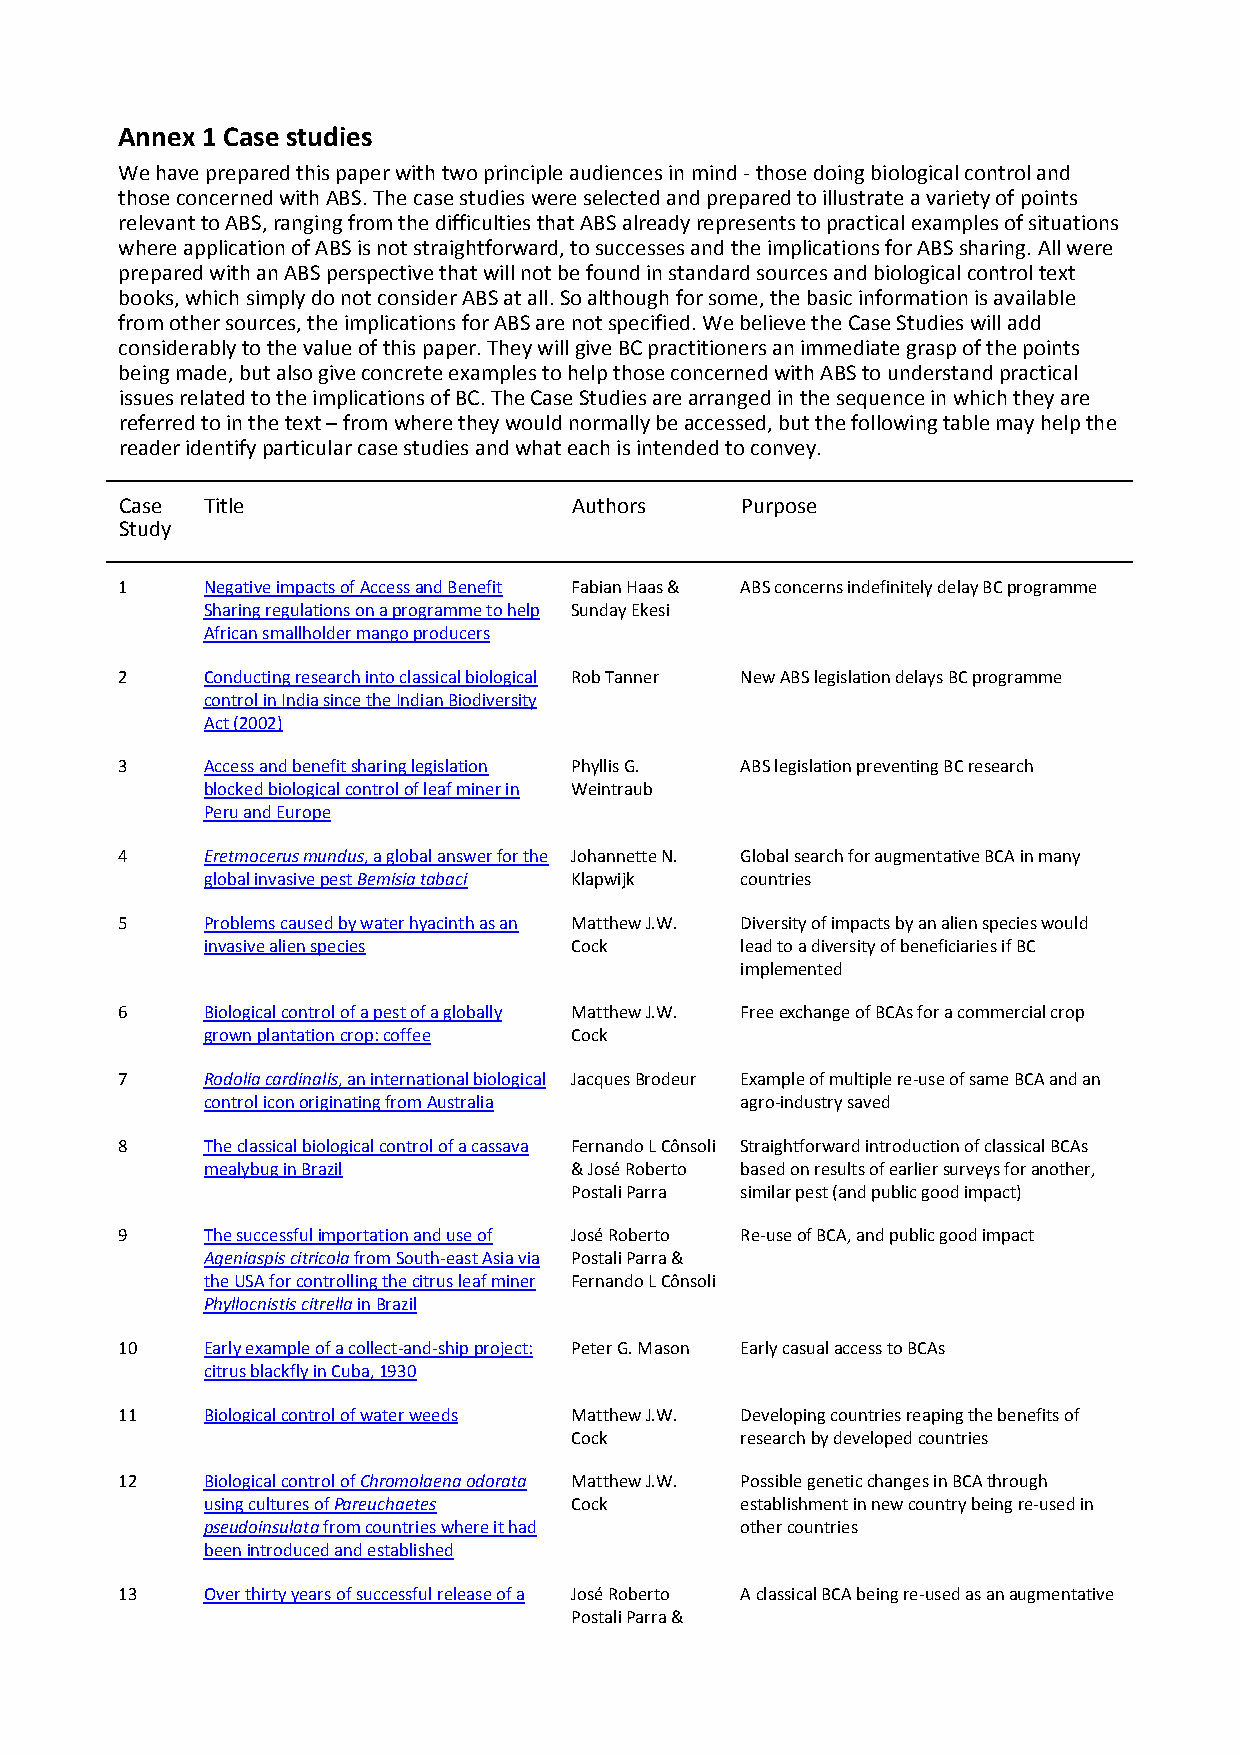
Annex 1 Case studies
 We have prepared this paper with two principle audiences in mind ‐ those doing biological control and
 those concerned with ABS. The case studies were selected and prepared to illustrate a variety of points
 relevant to ABS, ranging from the difficulties that ABS already represents to practical examples of situations
 where application of ABS is not straightforward, to successes and the implications for ABS sharing. All were
 prepared with an ABS perspective that will not be found in standard sources and biological control text
 books, which simply do not consider ABS at all. So although for some, the basic information is available
 from other sources, the implications for ABS are not specified. We believe the Case Studies will add
 considerably to the value of this paper. They will give BC practitioners an immediate grasp of the points
 being made, but also give concrete examples to help those concerned with ABS to understand practical
 issues related to the implications of BC. The Case Studies are arranged in the sequence in which they are
 referred to in the text – from where they would normally be accessed, but the following table may help the
 reader identify particular case studies and what each is intended to convey.
 Case  Title                   Authors    Purpose
 Study
 1    Negative impacts of Access and Benefit Fabian Haas & ABS concerns indefinitely delay BC programme
 Sharing regulations on a programme to help Sunday Ekesi
 African smallholder mango producers
 2    Conducting research into classical biological Rob Tanner New ABS legislation delays BC programme
 control in India since the Indian Biodiversity
 Act (2002)
 3    Access and benefit sharing legislation Phyllis G. ABS legislation preventing BC research
 blocked biological control of leaf miner in Weintraub
 Peru and Europe
 4    Eretmocerus mundus, a global answer for the Johannette N. Global search for augmentative BCA in many
 global invasive pest Bemisia tabaci Klapwijk countries
 5    Problems caused by water hyacinth as an Matthew J.W. Diversity of impacts by an alien species would
 invasive alien species   Cock       lead to a diversity of beneficiaries if BC
 implemented
 6    Biological control of a pest of a globally Matthew J.W. Free exchange of BCAs for a commercial crop
 grown plantation crop: coffee Cock
 7    Rodolia cardinalis, an international biological Jacques Brodeur Example of multiple re‐use of same BCA and an
 control icon originating from Australia agro‐industry saved
 8    The classical biological control of a cassava Fernando L Cônsoli Straightforward introduction of classical BCAs
 mealybug in Brazil       & José Roberto based on results of earlier surveys for another,
 Postali Parra similar pest (and public good impact)
 9    The successful importation and use of José Roberto Re‐use of BCA, and public good impact
 Ageniaspis citricola from South‐east Asia via Postali Parra &
 the USA for controlling the citrus leaf miner Fernando L Cônsoli
 Phyllocnistis citrella in Brazil
 10   Early example of a collect‐and‐ship project: Peter G. Mason Early casual access to BCAs
 citrus blackfly in Cuba, 1930
 11   Biological control of water weeds Matthew J.W. Developing countries reaping the benefits of
 Cock       research by developed countries
 12   Biological control of Chromolaena odorata Matthew J.W. Possible genetic changes in BCA through
 using cultures of Pareuchaetes Cock establishment in new country being re‐used in
 pseudoinsulata from countries where it had other countries
 been introduced and established
 13   Over thirty years of successful release of a José Roberto A classical BCA being re‐used as an augmentative
 Postali Parra &